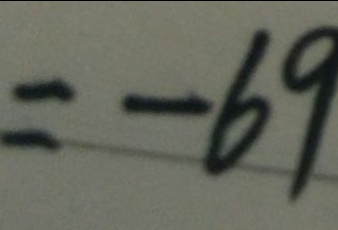
= - 6 9